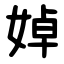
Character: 婥